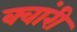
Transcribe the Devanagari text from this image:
क्वांरी